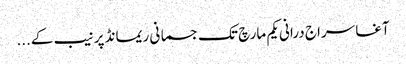
آغا سراج درانی یکم مارچ تک جسمانی ریمانڈ پر نیب کے...